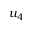
u _ { 4 }